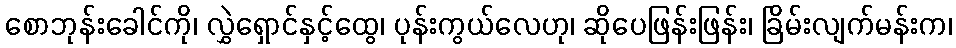
စောဘုန်းခေါင်ကို၊ လွှဲရှောင်နှင့်ထွေ၊ ပုန်းကွယ်လေဟု၊ ဆိုပေဖြန်းဖြန်း၊ ခြိမ်းလျက်မန်းက၊